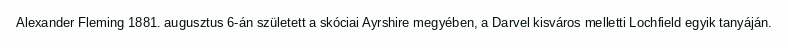
Alexander Fleming 1881. augusztus 6-án született a skóciai Ayrshire megyében, a Darvel kisváros melletti Lochfield egyik tanyáján.